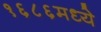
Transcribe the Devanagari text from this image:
१६८६मध्ये